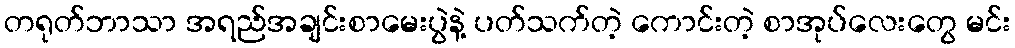
တရုတ်ဘာသာ အရည်အချင်းစာမေးပွဲနဲ့ ပတ်သက်တဲ့ ကောင်းတဲ့ စာအုပ်လေးတွေ မင်း